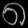
Digit: ၈